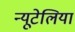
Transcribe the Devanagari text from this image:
न्यूटेलिया